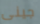
جينى